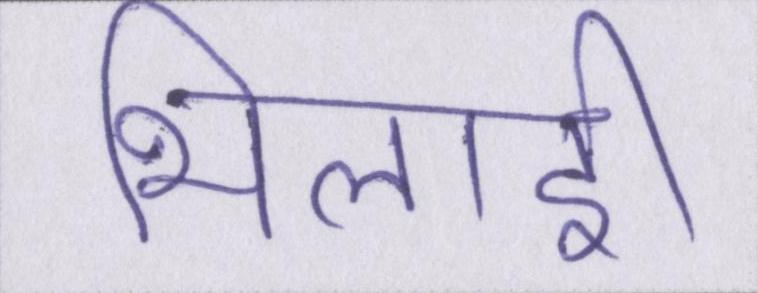
भिलाई